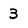
Character: 3